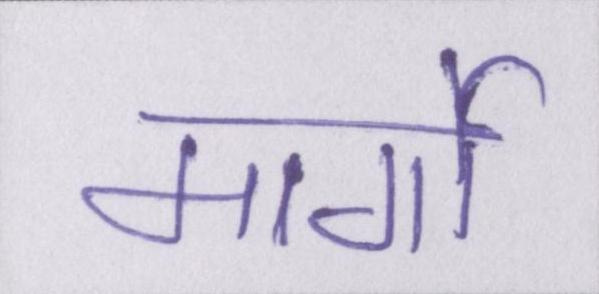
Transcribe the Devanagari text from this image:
मार्गो